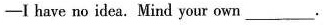
-I have no idea.Mind your own___